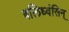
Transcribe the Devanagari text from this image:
बलिध्वंसिन्